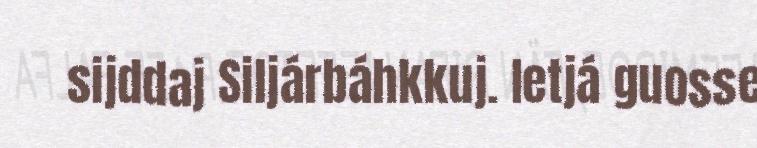
sijddaj Siljárbáhkkuj. Ietjá guosse